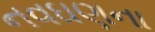
નવઘણના